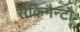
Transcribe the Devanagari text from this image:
सैक्रिमैन्टौ